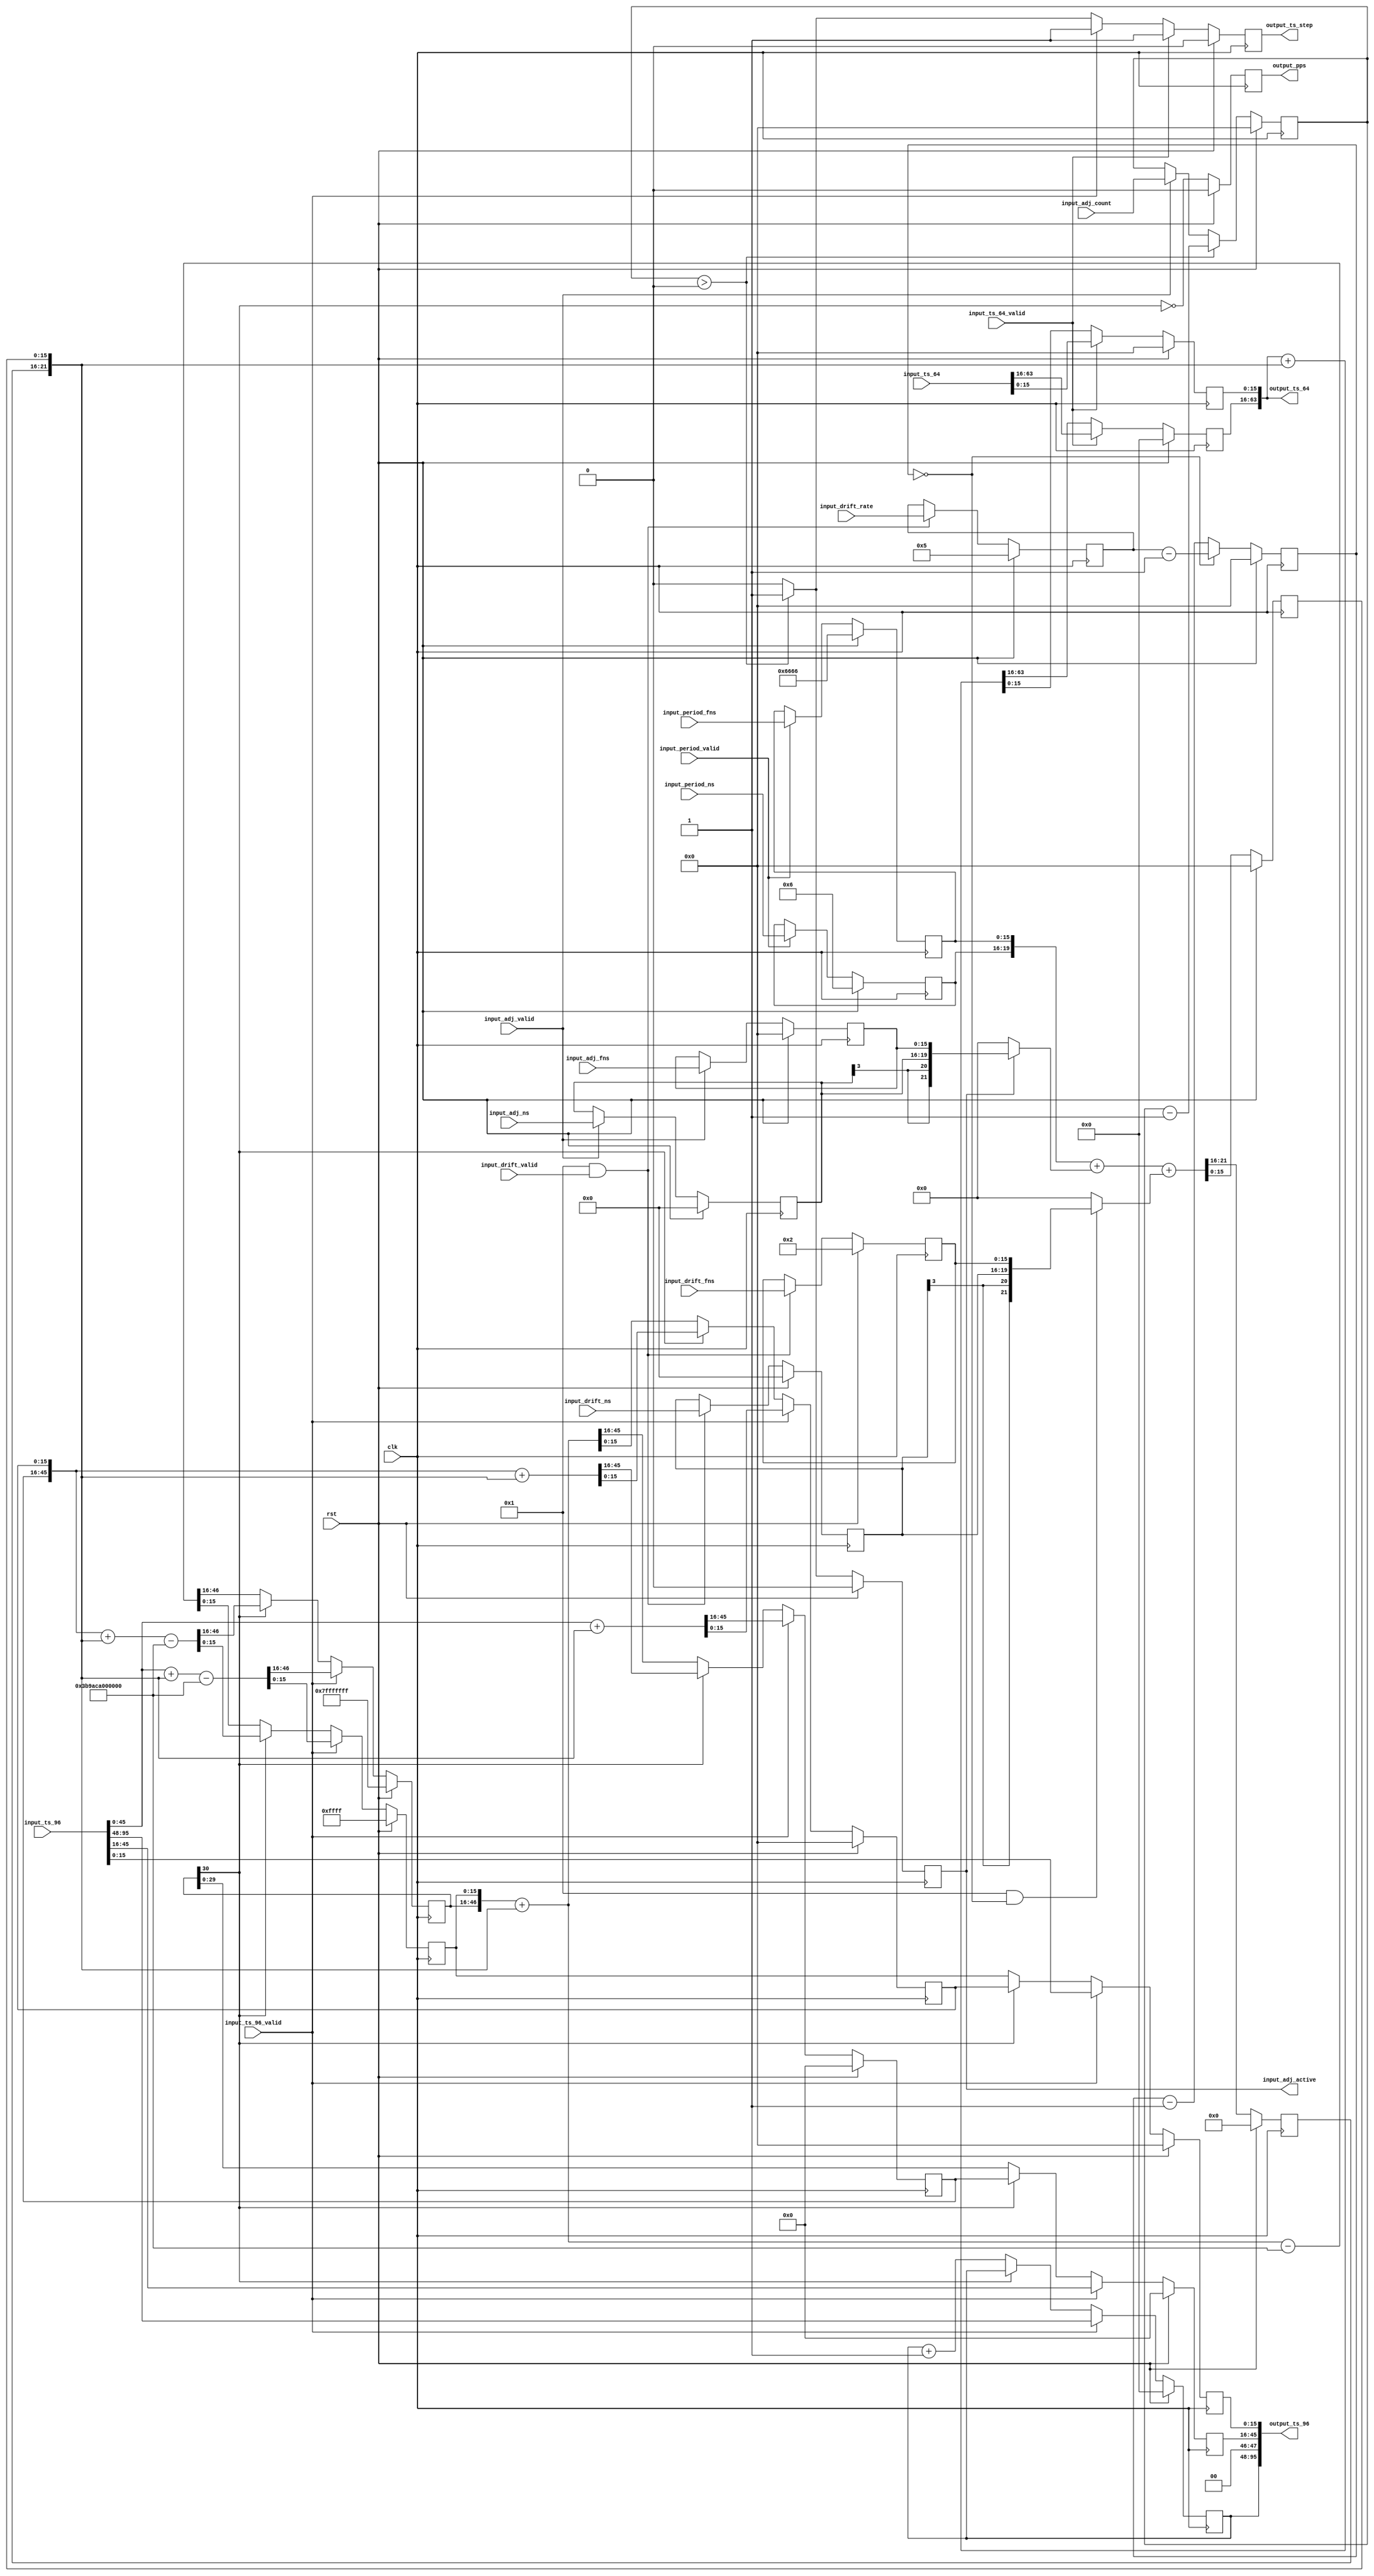
/*

Copyright (c) 2015-2019 Alex Forencich

Permission is hereby granted, free of charge, to any person obtaining a copy
of this software and associated documentation files (the "Software"), to deal
in the Software without restriction, including without limitation the rights
to use, copy, modify, merge, publish, distribute, sublicense, and/or sell
copies of the Software, and to permit persons to whom the Software is
furnished to do so, subject to the following conditions:

The above copyright notice and this permission notice shall be included in
all copies or substantial portions of the Software.

THE SOFTWARE IS PROVIDED "AS IS", WITHOUT WARRANTY OF ANY KIND, EXPRESS OR
IMPLIED, INCLUDING BUT NOT LIMITED TO THE WARRANTIES OF MERCHANTABILITY
FITNESS FOR A PARTICULAR PURPOSE AND NONINFRINGEMENT. IN NO EVENT SHALL THE
AUTHORS OR COPYRIGHT HOLDERS BE LIABLE FOR ANY CLAIM, DAMAGES OR OTHER
LIABILITY, WHETHER IN AN ACTION OF CONTRACT, TORT OR OTHERWISE, ARISING FROM,
OUT OF OR IN CONNECTION WITH THE SOFTWARE OR THE USE OR OTHER DEALINGS IN
THE SOFTWARE.

*/

// Language: Verilog 2001

`timescale 1ns / 1ps

/*
 * PTP clock module
 */
module ptp_clock #
(
    parameter PERIOD_NS_WIDTH = 4,
    parameter OFFSET_NS_WIDTH = 4,
    parameter DRIFT_NS_WIDTH = 4,
    parameter FNS_WIDTH = 16,
    parameter PERIOD_NS = 4'h6,
    parameter PERIOD_FNS = 16'h6666,
    parameter DRIFT_ENABLE = 1,
    parameter DRIFT_NS = 4'h0,
    parameter DRIFT_FNS = 16'h0002,
    parameter DRIFT_RATE = 16'h0005
)
(
    input  wire                       clk,
    input  wire                       rst,

    /*
     * Timestamp inputs for synchronization
     */
    input  wire [95:0]                input_ts_96,
    input  wire                       input_ts_96_valid,
    input  wire [63:0]                input_ts_64,
    input  wire                       input_ts_64_valid,

    /*
     * Period adjustment
     */
    input  wire [PERIOD_NS_WIDTH-1:0] input_period_ns,
    input  wire [FNS_WIDTH-1:0]       input_period_fns,
    input  wire                       input_period_valid,

    /*
     * Offset adjustment
     */
    input  wire [OFFSET_NS_WIDTH-1:0] input_adj_ns,
    input  wire [FNS_WIDTH-1:0]       input_adj_fns,
    input  wire [15:0]                input_adj_count,
    input  wire                       input_adj_valid,
    output wire                       input_adj_active,

    /*
     * Drift adjustment
     */
    input  wire [DRIFT_NS_WIDTH-1:0]  input_drift_ns,
    input  wire [FNS_WIDTH-1:0]       input_drift_fns,
    input  wire [15:0]                input_drift_rate,
    input  wire                       input_drift_valid,

    /*
     * Timestamp outputs
     */
    output wire [95:0]                output_ts_96,
    output wire [63:0]                output_ts_64,
    output wire                       output_ts_step,

    /*
     * PPS output
     */
    output wire                       output_pps
);

parameter INC_NS_WIDTH = $clog2(2**PERIOD_NS_WIDTH + 2**OFFSET_NS_WIDTH + 2**DRIFT_NS_WIDTH);

reg [PERIOD_NS_WIDTH-1:0] period_ns_reg = PERIOD_NS;
reg [FNS_WIDTH-1:0] period_fns_reg = PERIOD_FNS;

reg [OFFSET_NS_WIDTH-1:0] adj_ns_reg = 0;
reg [FNS_WIDTH-1:0] adj_fns_reg = 0;
reg [15:0] adj_count_reg = 0;
reg adj_active_reg = 0;

reg [DRIFT_NS_WIDTH-1:0] drift_ns_reg = DRIFT_NS;
reg [FNS_WIDTH-1:0] drift_fns_reg = DRIFT_FNS;
reg [15:0] drift_rate_reg = DRIFT_RATE;

reg [INC_NS_WIDTH-1:0] ts_inc_ns_reg = 0;
reg [FNS_WIDTH-1:0] ts_inc_fns_reg = 0;

reg [47:0] ts_96_s_reg = 0;
reg [29:0] ts_96_ns_reg = 0;
reg [FNS_WIDTH-1:0] ts_96_fns_reg = 0;
reg [29:0] ts_96_ns_inc_reg = 0;
reg [FNS_WIDTH-1:0] ts_96_fns_inc_reg = 0;
reg [30:0] ts_96_ns_ovf_reg = 31'h7fffffff;
reg [FNS_WIDTH-1:0] ts_96_fns_ovf_reg = 16'hffff;

reg [47:0] ts_64_ns_reg = 0;
reg [FNS_WIDTH-1:0] ts_64_fns_reg = 0;

reg ts_step_reg = 1'b0;

reg [15:0] drift_cnt = 0;

reg [47:0] temp;

reg pps_reg = 0;

assign input_adj_active = adj_active_reg;

assign output_ts_96[95:48] = ts_96_s_reg;
assign output_ts_96[47:46] = 2'b00;
assign output_ts_96[45:16] = ts_96_ns_reg;
assign output_ts_96[15:0]  = FNS_WIDTH > 16 ? ts_96_fns_reg >> (FNS_WIDTH-16) : ts_96_fns_reg << (16-FNS_WIDTH);
assign output_ts_64[63:16] = ts_64_ns_reg;
assign output_ts_64[15:0]  = FNS_WIDTH > 16 ? ts_64_fns_reg >> (FNS_WIDTH-16) : ts_64_fns_reg << (16-FNS_WIDTH);
assign output_ts_step = ts_step_reg;

assign output_pps = pps_reg;

always @(posedge clk) begin
    ts_step_reg <= 0;

    // latch parameters
    if (input_period_valid) begin
        period_ns_reg <= input_period_ns;
        period_fns_reg <= input_period_fns;
    end

    if (input_adj_valid) begin
        adj_ns_reg <= input_adj_ns;
        adj_fns_reg <= input_adj_fns;
        adj_count_reg <= input_adj_count;
    end

    if (DRIFT_ENABLE && input_drift_valid) begin
        drift_ns_reg <= input_drift_ns;
        drift_fns_reg <= input_drift_fns;
        drift_rate_reg <= input_drift_rate;
    end

    // timestamp increment calculation
    {ts_inc_ns_reg, ts_inc_fns_reg} <= $signed({period_ns_reg, period_fns_reg}) +
        (adj_active_reg ? $signed({adj_ns_reg, adj_fns_reg}) : 0) +
        ((DRIFT_ENABLE && drift_cnt == 0) ? $signed({drift_ns_reg, drift_fns_reg}) : 0);

    // offset adjust counter
    if (adj_count_reg > 0) begin
        adj_count_reg <= adj_count_reg - 1;
        adj_active_reg <= 1;
        ts_step_reg <= 1;
    end else begin
        adj_active_reg <= 0;
    end

    // drift counter
    if (drift_cnt == 0) begin
        drift_cnt <= drift_rate_reg-1;
    end else begin
        drift_cnt <= drift_cnt - 1;
    end

    // 96 bit timestamp
    if (input_ts_96_valid) begin
        // load timestamp
        {ts_96_ns_inc_reg, ts_96_fns_inc_reg} <= (FNS_WIDTH > 16 ? input_ts_96[45:0] << (FNS_WIDTH-16) : input_ts_96[45:0] >> (16-FNS_WIDTH)) + {ts_inc_ns_reg, ts_inc_fns_reg};
        {ts_96_ns_ovf_reg, ts_96_fns_ovf_reg} <= (FNS_WIDTH > 16 ? input_ts_96[45:0] << (FNS_WIDTH-16) : input_ts_96[45:0] >> (16-FNS_WIDTH)) + {ts_inc_ns_reg, ts_inc_fns_reg} - {31'd1_000_000_000, {FNS_WIDTH{1'b0}}};
        ts_96_s_reg <= input_ts_96[95:48];
        ts_96_ns_reg <= input_ts_96[45:16];
        ts_96_fns_reg <= FNS_WIDTH > 16 ? input_ts_96[15:0] << (FNS_WIDTH-16) : input_ts_96[15:0] >> (16-FNS_WIDTH);
        ts_step_reg <= 1;
    end else if (!ts_96_ns_ovf_reg[30]) begin
        // if the overflow lookahead did not borrow, one second has elapsed
        // increment seconds field, pre-compute both normal increment and overflow values
        {ts_96_ns_inc_reg, ts_96_fns_inc_reg} <= {ts_96_ns_ovf_reg, ts_96_fns_ovf_reg} + {ts_inc_ns_reg, ts_inc_fns_reg};
        {ts_96_ns_ovf_reg, ts_96_fns_ovf_reg} <= {ts_96_ns_ovf_reg, ts_96_fns_ovf_reg} + {ts_inc_ns_reg, ts_inc_fns_reg} - {31'd1_000_000_000, {FNS_WIDTH{1'b0}}};
        {ts_96_ns_reg, ts_96_fns_reg} <= {ts_96_ns_ovf_reg, ts_96_fns_ovf_reg};
        ts_96_s_reg <= ts_96_s_reg + 1;
    end else begin
        // no increment seconds field, pre-compute both normal increment and overflow values
        {ts_96_ns_inc_reg, ts_96_fns_inc_reg} <= {ts_96_ns_inc_reg, ts_96_fns_inc_reg} + {ts_inc_ns_reg, ts_inc_fns_reg};
        {ts_96_ns_ovf_reg, ts_96_fns_ovf_reg} <= {ts_96_ns_inc_reg, ts_96_fns_inc_reg} + {ts_inc_ns_reg, ts_inc_fns_reg} - {31'd1_000_000_000, {FNS_WIDTH{1'b0}}};
        {ts_96_ns_reg, ts_96_fns_reg} <= {ts_96_ns_inc_reg, ts_96_fns_inc_reg};
        ts_96_s_reg <= ts_96_s_reg;
    end

    // 64 bit timestamp
    if (input_ts_64_valid) begin
        // load timestamp
        {ts_64_ns_reg, ts_64_fns_reg} <= input_ts_64;
        ts_step_reg <= 1;
    end else begin
        {ts_64_ns_reg, ts_64_fns_reg} <= {ts_64_ns_reg, ts_64_fns_reg} + {ts_inc_ns_reg, ts_inc_fns_reg};
    end

    pps_reg <= !ts_96_ns_ovf_reg[30];

    if (rst) begin
        period_ns_reg <= PERIOD_NS;
        period_fns_reg <= PERIOD_FNS;
        adj_ns_reg <= 0;
        adj_fns_reg <= 0;
        adj_count_reg <= 0;
        adj_active_reg <= 0;
        drift_ns_reg <= DRIFT_NS;
        drift_fns_reg <= DRIFT_FNS;
        drift_rate_reg <= DRIFT_RATE;
        ts_inc_ns_reg <= 0;
        ts_inc_fns_reg <= 0;
        ts_96_s_reg <= 0;
        ts_96_ns_reg <= 0;
        ts_96_fns_reg <= 0;
        ts_96_ns_inc_reg <= 0;
        ts_96_fns_inc_reg <= 0;
        ts_96_ns_ovf_reg <= 31'h7fffffff;
        ts_96_fns_ovf_reg <= {FNS_WIDTH{1'b1}};
        ts_64_ns_reg <= 0;
        ts_64_fns_reg <= 0;
        ts_step_reg <= 0;
        drift_cnt <= 0;
        pps_reg <= 0;
    end
end

endmodule